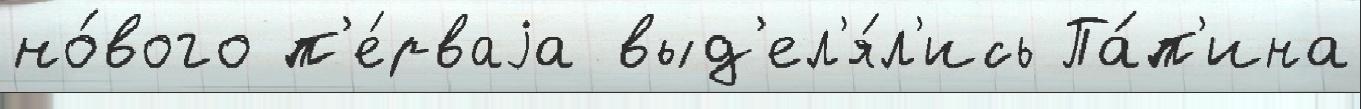
но́вого п'е́рваjа выд'ел'я́л'ись Па́п'ина